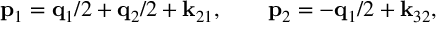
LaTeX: { \bf p } _ { 1 } = { \bf q } _ { 1 } / 2 + { \bf q } _ { 2 } / 2 + { \bf k } _ { 2 1 } , \qquad { \bf p } _ { 2 } = - { \bf q } _ { 1 } / 2 + { \bf k } _ { 3 2 } ,